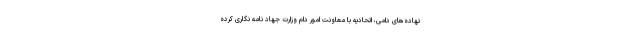
نهاده‌های دامی، اتحادیه با معاونت امور دام وزارت جهاد نامه نگاری کرده